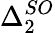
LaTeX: \Delta_{2}^{SO}